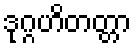
ဒုဂ္ဂဟိတတ္တာ